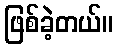
ဖြစ်ခဲ့တယ်။